Lunatic asylums Burma 1907-21 - 1907-1921
Year: 1907
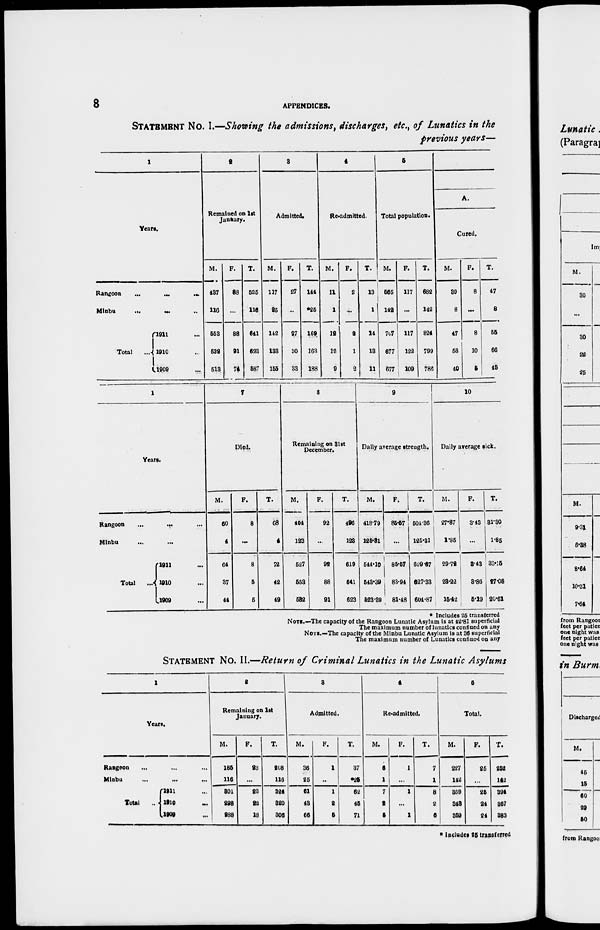
8
APPENDICES.
STATEMENT No. I.—Showing the admissions, discharges, etc., of Lunatics in the
previous years—
1
Year.
Rangoon
...
...
...
Minbu
...
...
Total
...
1911 ...
1910 ...
1909 ...
2
Remained on 1st
January.
M.
437
116
553
532
513
F.
88
...
88
91
74
T.
525
116
641
623
587
3
Admitted.
M.
117
25
142
133
155
F.
27
..
27
30
33
T.
144
*25
162
163
188
4
Re-admitted.
M.
11
1
12
12
9
F.
2
...
2
1
2
T.
13
1
14
13
11
5
Total population.
M.
565
142
707
677
677
F.
117
...
117
122
109
T.
682
142
824
799
786
A.
Cured.
M.
39
8
47
56
40
F.
8
...
8
10
5
T.
47
8
55
66
45
1
Years.
Rangoon
...
...
Minbu ... ...
Total
...
1911 ...
1910 ...
1909 ...
7
Died.
M.
60
4
64
37
44
F.
8
...
8
5
5
T.
68
4
72
42
49
8
Remaining on 31st
December.
M.
404
123
527
553
582
F.
92
...
92
88
91
T.
496
123
619
641
623
9
Daily average strength.
M.
418.79
125.31
544.10
543.39
523.39
F.
85.57
...
85.57
83.94
81.48
T.
504.36
125.31
629.67
627.33
604.87
10
Daily average sick.
M.
27.87
1.85
29.72
28.22
15.42
F.
3.43
...
3.43
3.86
5.19
T.
31.30
1.85
33.15
27.08
20.61
* Includes 25 transferred
NOTE.—The capacity of the Rangoon Lunatic Asylum is at 42.81 superficial
The maximum number of lunatics confined on any
NOTE.—The capacity of the Minbu Lunatic Asylum is at 36 superficial
The maximum number of Lunatics confined on any
STATEMENT No. II.—Return of Criminal Lunatics in the Lunatic Asylums
1
Years.
Rangoon ... ... ...
Minbu ... ...
Total ...
1911 ...
1910 ...
1909 ...
2
Remaining on 1st
January.
M.
185
116
301
298
288
F.
23
...
23
22
18
T.
208
116
324
320
306
3
Admitted.
M.
36
25
61
43
66
F.
1
..
1
2
5
T.
37
*25
62
45
71
4
Re-admitted.
M.
6
1
7
2
5
F.
1
...
1
...
1
T.
7
1
8
2
6
5
Total.
M.
227
142
369
343
359
F.
25
...
25
24
24
T.
252
142
394
367
383
* Includes 25 transferred